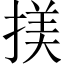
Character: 𢱒